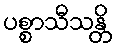
ပစ္စာသီသန္တိ